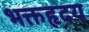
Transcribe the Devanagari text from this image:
भक्तहृदय